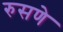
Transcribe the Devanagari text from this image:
रुसणे